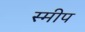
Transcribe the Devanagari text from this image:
स्मीप